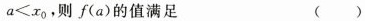
a ＜ x _ { 0 }$$，则f(a)的值满足 ()